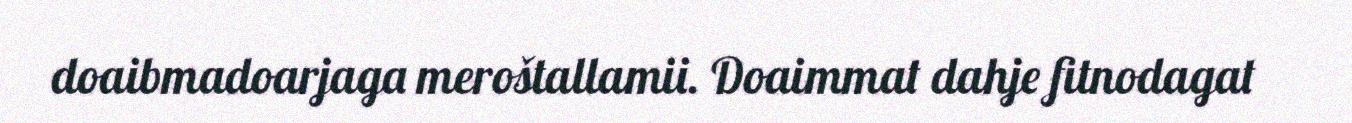
doaibmadoarjaga meroštallamii. Doaimmat dahje fitnodagat